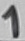
Text: 1